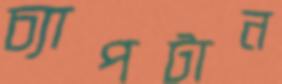
চ্যাপটান